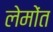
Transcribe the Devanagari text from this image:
लेमोंत